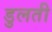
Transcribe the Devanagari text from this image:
डुलती